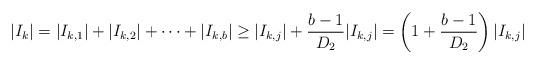
LaTeX: \begin{align*}|I_k|=|I_{k,1}| + |I_{k,2}| + \cdots + |I_{k,b}|\ge|I_{k,j}| + \frac{b-1}{D_2} |I_{k,j}|=\left( 1 + \frac{b-1}{D_2} \right) |I_{k,j}|\end{align*}